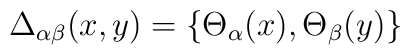
\Delta_{\alpha\beta}            (x,y)           =\left\{\Theta_\alpha(x),\Theta_\beta(y)\right\}